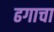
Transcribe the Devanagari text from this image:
ढगाचा